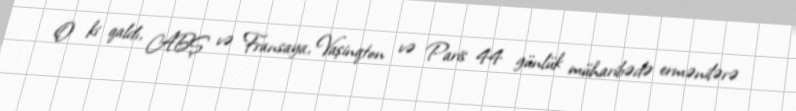
O ki qaldı, ABŞ və Fransaya, Vaşinqton və Paris 44 günlük müharibədə ermənilərə